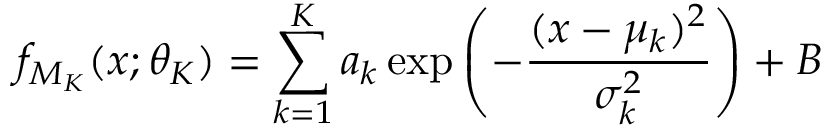
f _ { M _ { K } } ( x ; \theta _ { K } ) = \sum _ { k = 1 } ^ { K } a _ { k } \exp \left( - \frac { ( x - \mu _ { k } ) ^ { 2 } } { \sigma _ { k } ^ { 2 } } \right) + B